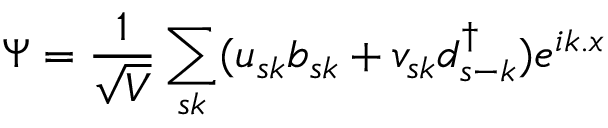
\Psi = { \frac { 1 } { \sqrt { V } } } \sum _ { s k } ( u _ { s k } b _ { s k } + v _ { s k } d _ { s - k } ^ { \dagger } ) e ^ { i k . x }